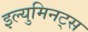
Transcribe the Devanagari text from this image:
इल्युमिनट्स